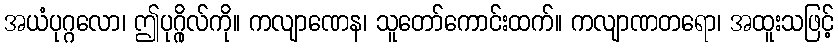
အယံပုဂ္ဂလော၊ ဤပုဂ္ဂိုလ်ကို။ ကလျာဏေန၊ သူတော်ကောင်းထက်။ ကလျာဏတရော၊ အထူးသဖြင့်